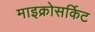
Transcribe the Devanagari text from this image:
माइक्रोसर्किट